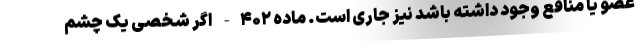
عضو یا منافع وجود داشته باشد نیز جاری است. ماده ۴۰۲- اگر شخصی یک چشم